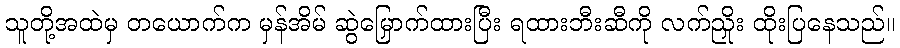
သူတို့အထဲမှ တယောက်က မှန်အိမ် ဆွဲမြှောက်ထားပြီး ရထားဘီးဆီကို လက်ညှိုး ထိုးပြနေသည်။